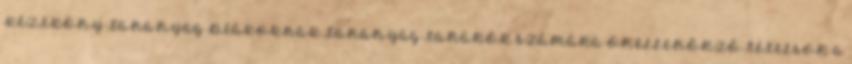
KÉZIKÖNY TANANYAG DIÁKOKNAK TANANYAG TANÁROK SZÁMÁRA ÖNELLENŐRZŐ TÉTELSOR A